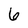
Character: 6